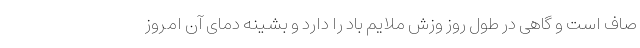
صاف است و گاهی در طول روز وزش ملایم باد را دارد و بشینه دمای آن امروز